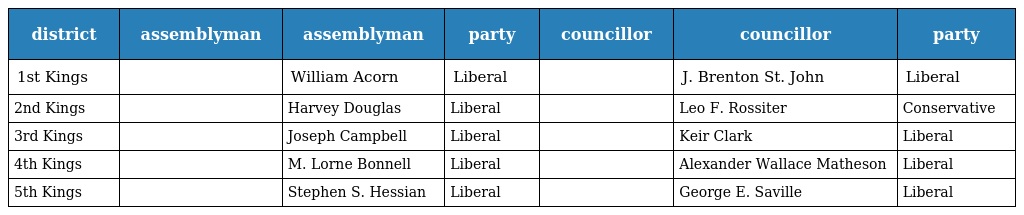
| district | assemblyman | assemblyman | party | councillor | councillor | party |
 | --- | --- | --- | --- | --- | --- | --- |
 | 1st Kings |  | William Acorn | Liberal |  | J. Brenton St. John | Liberal |
 | 2nd Kings |  | Harvey Douglas | Liberal |  | Leo F. Rossiter | Conservative |
 | 3rd Kings |  | Joseph Campbell | Liberal |  | Keir Clark | Liberal |
 | 4th Kings |  | M. Lorne Bonnell | Liberal |  | Alexander Wallace Matheson | Liberal |
 | 5th Kings |  | Stephen S. Hessian | Liberal |  | George E. Saville | Liberal |